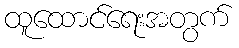
ထူထောင်ရေးအတွက်